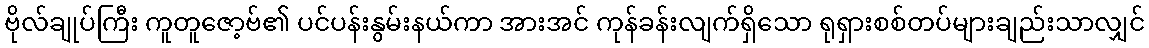
ဗိုလ်ချုပ်ကြီး ကူတူဇော့ဗ်၏ ပင်ပန်းနွမ်းနယ်ကာ အားအင် ကုန်ခန်းလျက်ရှိသော ရုရှားစစ်တပ်များချည်းသာလျှင်